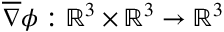
\overline { \nabla } \phi : \mathbb { R } ^ { 3 } \times \mathbb { R } ^ { 3 } \to \mathbb { R } ^ { 3 }